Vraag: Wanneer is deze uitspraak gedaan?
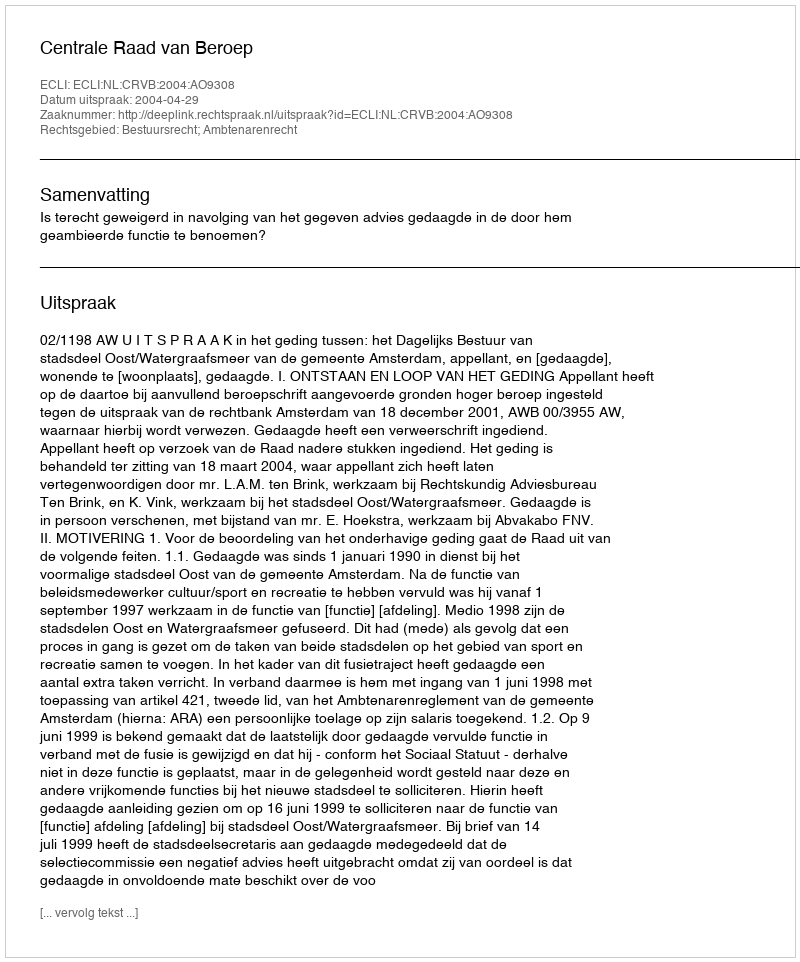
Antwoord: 2004-04-29